Annual statistical returns and brief notes on vaccination in Bengal - 1909-1929
Year: 1909
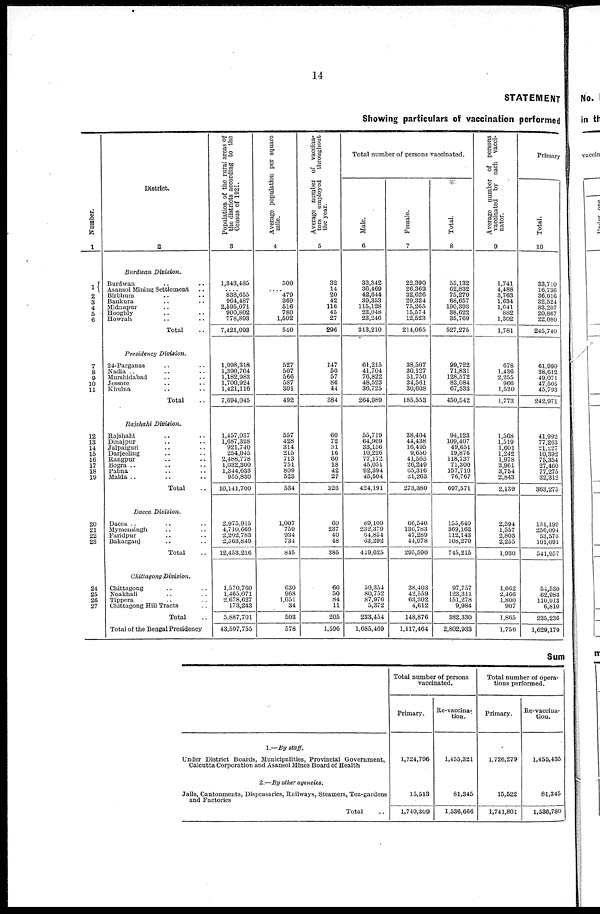
14
STATEMENT
Showing particulars of vaccination performed
Number.
1
1
2
3
4
5
6
7
8
9
10
11
12
13
14
15
16
17
18
19
20
21
22
23
24
25
26
27
District.
2
Burdwan Division.
Burdwan .. ..
Asansol Mining Settlement ..
Birbhum .. ..
Bankura .. ..
Midnapur .. ..
Hooghly .. ..
Howrah .. ..
Total ..
Presidency Division.
24-Parganas .. ..
Nadia .. .. ..
Murshidabad .. ..
Jessore .. ..
Khulna .. ..
Total ..
Rajshahi Division.
Rajshahi .. ..
Dinajpur .. ..
Jalpaiguri .. ..
Darjeeling .. ..
Rangpur .. ..
Bogra .. .. ..
Pabna .. ..
Malda .. ..
Total
Dacca Division.
Dacca .. .. ..
Mymensingh .. ..
Faridpur .. ..
Bakarganj .. ..
Total ..
Chittagong Division.
Chittagong .. ..
Noakhali .. ..
Tippera .. ..
Chittagong Hill Tracts ..
Total ..
Total of the Bengal Presidency
Population of the rural areas of
the districts according to the
Census of 1921.
3
1,343,485
.... 838,655
964,487
2,595,071
900,802
778,893
7,421,093
1,998,318
1,390,704
1,182,983
1,700,924
1,421,116
7,694,045
1,457,037
1,687,328
921,740
254,045
2,488,778
1,032,300
1,344,633
955,830
10,141,700
2,975,915
4,710,669
2,202,783
2,563,849
12,453,216
1,570,760
1,465,071
2,678,627
173,243
5,887,701
43,597,755
Average population per square
mile.
4
500
.... 479
369
516
780
1,502
540
527
507
566
587
301
492
557
428
314
215
713
751
809
523
534
1,007
759
934
734
845
630
968
1,051
34
503
578
Average number of vaccina-
tors
employed throughout
the year.
5
32
14
20
42
116
45
27
296
147
50
57
86
44
384
60
72
31
16
60
18
42
27
326
60
237
40
48
385
60
50
84
11
205
1,596
Total number of persons vaccinated.
Male.
6
33,342
36,469
42,644
39,333
115,128
23,048
23,246
313,210
61,215
41,704
76,822
48,523
36,725
264,989
55,719
64,969
33,156
10,226
77,172
45,051
92,394
45,504
424,191
89,100
232,379
64,854
63,292
449,625
59,354
80,752
87,976
5,372
233,454
1,685,469
Female.
7
22,390
26,363
32,626
29,324
75,265
15,574
12,523
214,065
38,507
30,127
51,750
34,561
30,608
185,553
38,404
44,438
16,495
9,650
41,565
26,249
65,316
31,263
273,380
66,540
136,783
47,289
44,978
295,590
38,403
42,559
63,302
4,612
148,876
1,117,464
Total.
8
55,132
62,832
75,270
68,657
190,393
38,622
35,769
527,275
99,722
71,831
128,572
83,084
67,333
450,542
94,123
109,407
49,651
19,876
118,737
71,300
157,710
76,767
697,571
155,640
369,162
112,143
108,270
745,215
97,757
123,311
151,278
9,984
382,330
2,802,933
Average number of persons
vaccinated by each vacci-
nator.
9
1,741
4,488
3,763
1,634
1,641
882
1,302
1,781
678
1,436
2,255
966
1,530
1,773
1,568
1,519
1,601
1,242
1,978
3,961
3,754
2,843
2,139
2,594
1,557
2,803
2,255
1,930
1,662
2,466
1,800
907
1,865
1,756
Primary
Total.
10
33,710
16,736
36,616
32,524
83,207
20,867
22,080
245,740
61,990
38,612
49,071
47,505
45,793
242,971
41,992
77,263
21,227
10,392
75,354
27,400
77,275
32,312
363,275
131,199
256,094
53,573
101,091
541,957
54,530
62,983
110,913
6,810
235,236
1,629,179
Sum
1.—By staff.
Under District Boards, Municipalities, Provincial Government,
Calcutta Corporation and Asansol Mines Board of Health
2.—By other agencies.
Jails, Cantonments, Dispensaries, Railways, Steamers, Tea-gardens
and Factories
Total ..
Total number of persons
vaccinated.
Primary.
1,724,796
15,513
1,740,309
Re-vaccina-
tion.
1,455,321
81,345
1,536,666
Total number of opera-
tions performed.
Primary.
1,726,279
15,522
1,741,801
Re-vaccina-
tion.
1,455,435
81,345
1,536,780